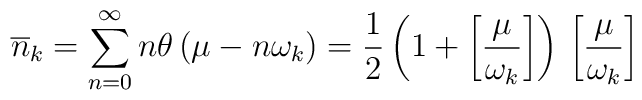
\overline{n}_{k}=\sum_{n=0}^{\infty }n\theta \left( \mu -n\omega _{k}\right)=\frac{1}{2}\left( 1+\left[ \frac{\mu }{\omega _{k}}\right] \right) \,\left[ \frac{\mu }{\omega _{k}}\right] \,